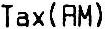
TAX (RM)